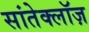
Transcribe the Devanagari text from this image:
सांतेक्लॉज़